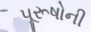
પૂરૂષોની